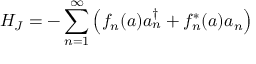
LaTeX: { \cal H } _ { J } = - \sum _ { n = 1 } ^ { \infty } \left( f _ { n } ( a ) a _ { n } ^ { \dagger } + f _ { n } ^ { * } ( a ) a _ { n } \right)